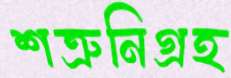
শত্রুনিগ্রহ